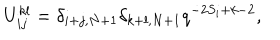
LaTeX: U _ { i j } ^ { k l } = \delta _ { i + j , N + 1 } \delta _ { k + l , N + 1 } q ^ { - 2 S _ { i } + k - 2 } ,